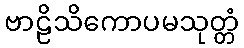
ဗာဠိသိကောပမသုတ္တံ